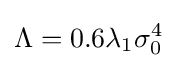
\Lambda =0.6\lambda _{1}\sigma _{0}^{4}